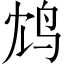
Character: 鸩